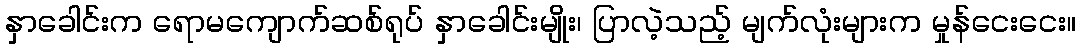
နှာခေါင်းက ရောမကျောက်ဆစ်ရုပ် နှာခေါင်းမျိုး၊ ပြာလဲ့သည့် မျက်လုံးများက မှုန်ငေးငေး။